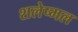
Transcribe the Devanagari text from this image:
शलेष्मल